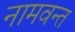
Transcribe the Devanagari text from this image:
नामवन्त